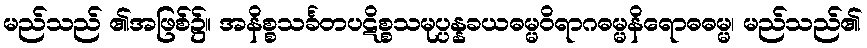
မည်သည် ၏အဖြစ်၌။ အနိစ္စသင်္ခတပဋိစ္စသမုပ္ပန္နခယဓမ္မဝိရာဂဓမ္မနိရောဓဓမ္မ၊ မည်သည်၏